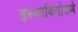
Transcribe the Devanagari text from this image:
हस्याविनोडणे